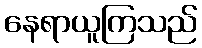
နေရာယူကြသည်